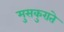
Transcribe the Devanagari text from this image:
मुसकुराते